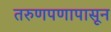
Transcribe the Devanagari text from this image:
तरुणपणापासून